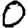
Digit: 0